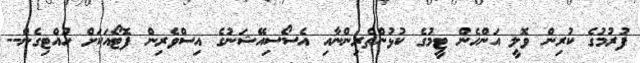
ފުރުމުގެ ކުރިން ވޮލީ އަންހެން ޓީމުގެ ކުޅުންތެރިންނާއި އެސޯސިއޭޝަނުގެ އިސްވެރިން ފޮޓޯއަކަށް ހުއްޓިގެން--